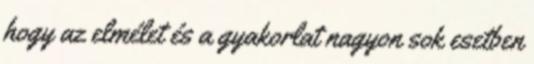
hogy az elmélet és a gyakorlat nagyon sok esetben